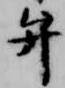
弁